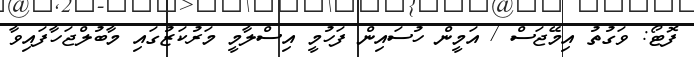
ފޮޓޯ: ވަގުތު އިމޭޖަސް / އަމީން ހުސައިން ފަހުމީ އިސްލާމީ މަރުކަޒުގައި މާބުލްޖަހާފައިވާ